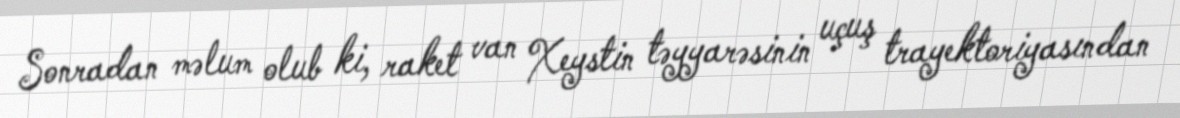
Sonradan məlum olub ki, raket van Xeystin təyyarəsinin uçuş trayektoriyasından